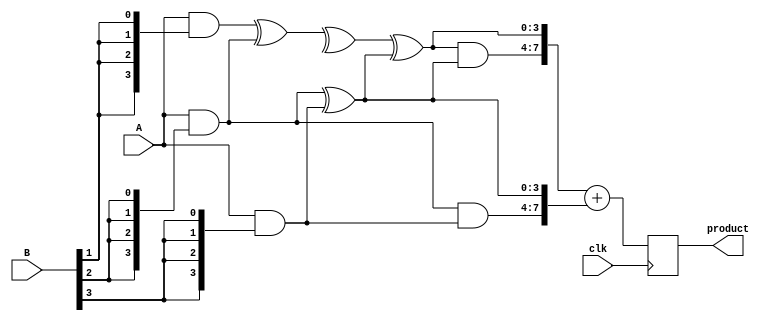
module wallace_tree_multiplier #(parameter N = 4) (
    input clk,
    input [N-1:0] A,
    input [N-1:0] B,
    output reg [2*N-1:0] product
);

    // Partial product generation
    wire [N-1:0] pp [0:N-1]; // Partial products
    genvar i, j;
    generate
        for (i = 0; i < N; i = i + 1) begin : gen_partial_products
            assign pp[i] = A & {N{B[i]}};
        end
    endgenerate

    // Wallace tree reduction
    wire [N-1:0] sum [0:N-1]; // Sums from adders
    wire [N-1:0] carry [0:N-1]; // Carries from adders
    wire [N-1:0] final_sum, final_carry;

    // First level of reduction
    generate
        for (i = 0; i < N; i = i + 1) begin : level1
            if (i % 2 == 0 && i < N-1) begin
                // Half adder for pairs
                assign sum[i/2] = pp[i] ^ pp[i+1];
                assign carry[i/2] = pp[i] & pp[i+1];
            end else if (i % 2 == 1 && i < N-1) begin
                // Full adder for triplets
                assign sum[i/2] = pp[i] ^ pp[i+1] ^ carry[i/2-1];
                assign carry[i/2] = (pp[i] & pp[i+1]) | (carry[i/2-1] & (pp[i] ^ pp[i+1]));
            end
        end
    endgenerate

    // Second level of reduction
    generate
        for (i = 0; i < (N+1)/2; i = i + 1) begin : level2
            if (i % 2 == 0 && i < (N+1)/2 - 1) begin
                // Half adder for pairs
                assign sum[i/2] = sum[i] ^ sum[i+1];
                assign carry[i/2] = sum[i] & sum[i+1];
            end else if (i % 2 == 1 && i < (N+1)/2 - 1) begin
                // Full adder for triplets
                assign sum[i/2] = sum[i] ^ sum[i+1] ^ carry[i/2-1];
                assign carry[i/2] = (sum[i] & sum[i+1]) | (carry[i/2-1] & (sum[i] ^ sum[i+1]));
            end
        end
    endgenerate

    // Final addition
    wire [2*N-1:0] final_result;
    assign final_result = {carry[0], sum[0]} + {1'b0, carry[1], sum[1]};

    // Clock synchronization
    always @(posedge clk) begin
        product <= final_result;
    end

endmodule